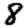
Digit: 8